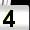
Digit: 4